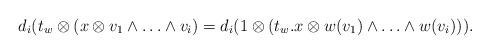
LaTeX: \begin{align*} d_i(t_w \otimes (x \otimes v_1\wedge \ldots \wedge v_i) =d_i(1 \otimes (t_w.x \otimes w(v_1)\wedge \ldots \wedge w(v_i))).\end{align*}